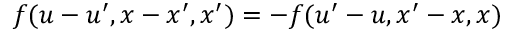
\displaystyle f ( u - u ^ { \prime } , x - x ^ { \prime } , x ^ { \prime } ) = - f ( u ^ { \prime } - u , x ^ { \prime } - x , x )